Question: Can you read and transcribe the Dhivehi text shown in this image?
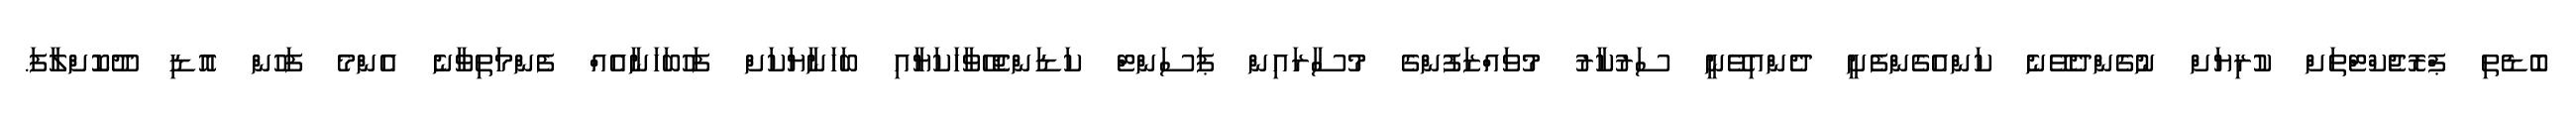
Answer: ބޮޑެތި ޕްރޮޖެކްޓްތަށް ކުރިޔަށް ނުގެންދެވޭނެ ކަންއެގެންފެށީ ދެންއިވޭނީ ސަރުކާރު މުވައްޒަފުންގެ މުސާރައިން ޕަސަންޓް ކަޑަންޖެހޭވާހަކަޔާއި ބަހަނާޔަކަށް ފަހުބަހަނާއެއް ފެންމަތިވާނެ އެންމެ ފަހުން އޮޑި ދޫކޮށްލާފަ.